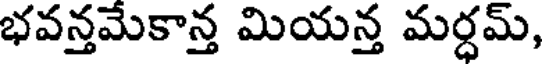
భవన్తమేకాన్త మియన్త మర్ధమ్,